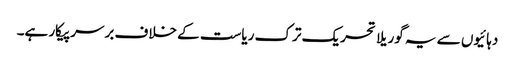
دہائیوں سے یہ گوریلا تحریک ترک ریاست کے خلاف برسرپیکار ہے۔